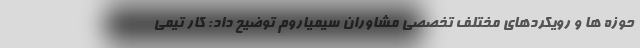
حوزه ها و رویکردهای مختلف تخصصی مشاوران سیمیاروم توضیح داد: کار تیمی